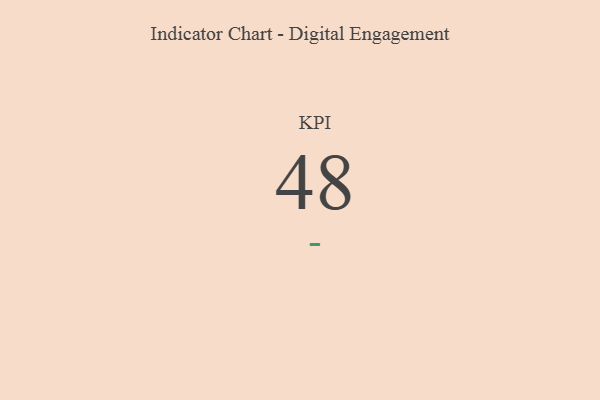
{"axis": {"x": "KPI", "y": "Value"}, "legend": [""], "data": [{"x": "KPI", "y": 48, "type": ""}]}